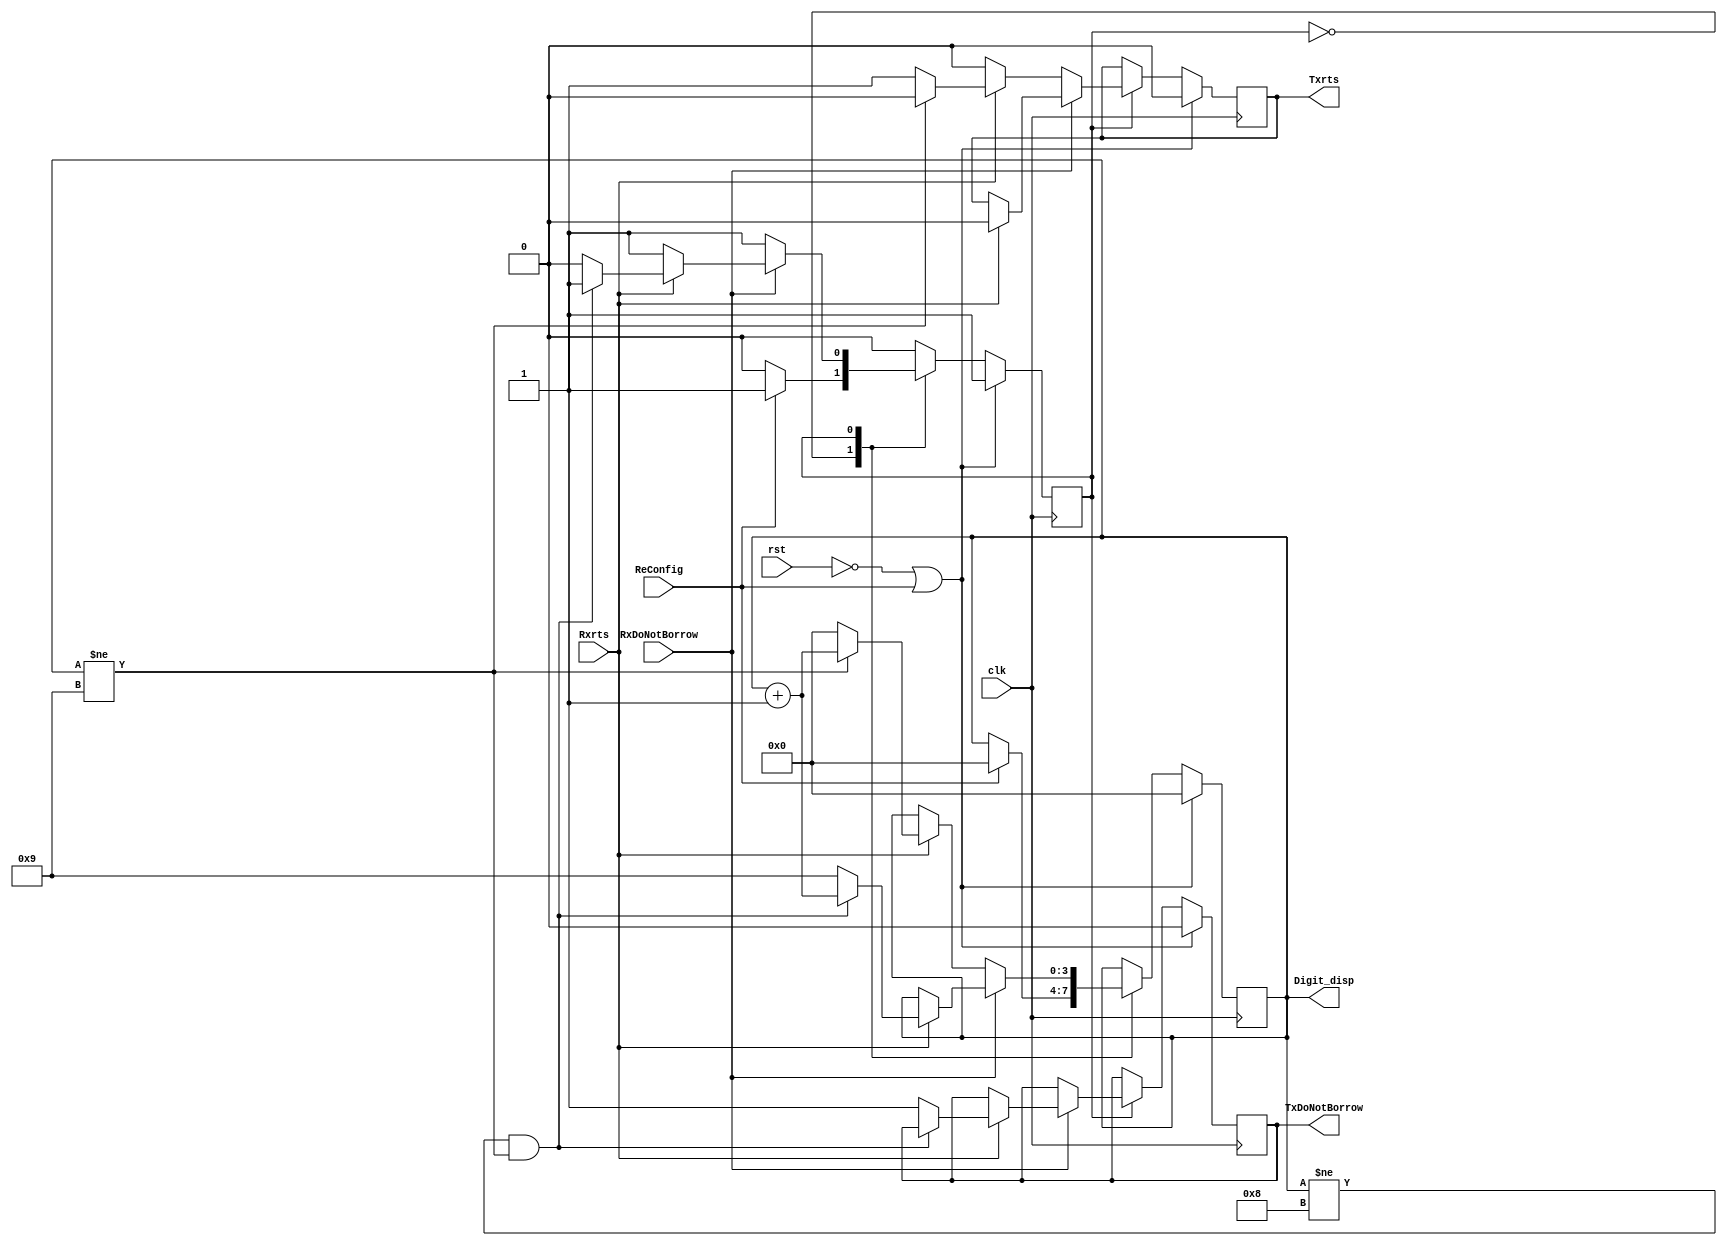
module ScoreCount_Kulkarni_P(clk, rst, ReConfig, RxDoNotBorrow, TxDoNotBorrow, Txrts, Rxrts, Digit_disp);
input clk, rst, RxDoNotBorrow, Rxrts, ReConfig;
output TxDoNotBorrow, Txrts;

output [3:0]Digit_disp; 
reg TxDoNotBorrow, Txrts, flag1s;
reg state;
reg [3:0] count;
parameter ReConfigure_timer = 0, ActiveCounter = 1;

always@(posedge clk)
begin
	if(rst == 1'b0 || ReConfig == 1'b1)
	begin
		count <= 4'b0000;
		state <= ActiveCounter;
		TxDoNotBorrow <= 1'b0;
		Txrts <= 1'b0;
	end
	else
	begin
		case(state)
			ReConfigure_timer : begin//top level module will be designed such that only if unit timer outputs do not borrow, the timer can be reconfigured
					    if(ReConfig == 1'b1)
					    begin
						count <= 4'b0000;
						state <= ActiveCounter;
					    end
					    else
						state <= ReConfigure_timer;
					    end
				
			ActiveCounter : begin
						if(RxDoNotBorrow == 1'b0)//if 0 then count else do not count
						begin
							Txrts <= 1'b0;
							if(Rxrts == 1'b1)
							begin
								state <= ActiveCounter;
								if(count != 4'b1001)
								begin
									Txrts <= 1'b0;
									count <= count + 1;
								end
								else
								begin
									Txrts <= 1'b1;
									count <= 4'b0000;
								end
							end
						end
						else
						begin
							if(Rxrts == 1'b1)
							begin
								
								if(count != 4'b1000&& count !=4'b1001)
								begin
									Txrts <= 1'b0;
									count <= count + 1;
									state <= ActiveCounter;
								end
								else
								begin	
									Txrts <= 1'b0;
									state <= ReConfigure_timer;
									TxDoNotBorrow <= 1'b1;
									count <= 4'b1001;

								end
							end	
						end
					end
			default : begin
					state <= ReConfigure_timer;
				  end
		endcase
	end
end
assign Digit_disp = count;
endmodule